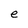
Character: e